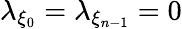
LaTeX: \lambda_{\xi_{0}}=\lambda_{\xi_{n-1}}=0